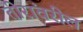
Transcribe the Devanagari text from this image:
तीरांवरील